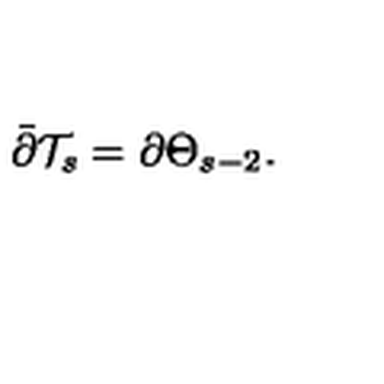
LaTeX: \bar { \partial } \mathcal { T } _ { s } = \partial \Theta _ { s - 2 } .